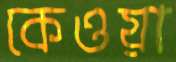
কেওয়া